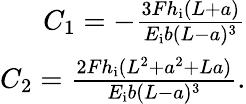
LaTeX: \begin{array}{r}{C_{1}=-\frac{3Fh_{\mathrm{i}}(L+a)}{E_{\mathrm{i}}b(L-a)^{3}}}\\ {C_{2}=\frac{2Fh_{\mathrm{i}}(L^{2}+a^{2}+La)}{E_{\mathrm{i}}b(L-a)^{3}}.}\end{array}